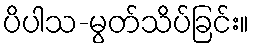
ပိပါသ-မွတ်သိပ်ခြင်း။